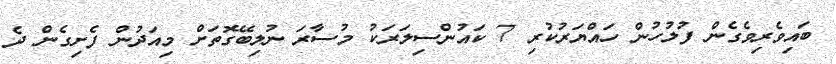
ބައިވެރިވެގެން ފުލުުހުން ހައްޔަރުކުރި 7 ކައުންސިލަރަކު މުސާރަ ނުލިބޭގޮތަށް މިއަދުން ފެށިގެން ދެ